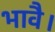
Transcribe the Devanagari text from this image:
भावै।